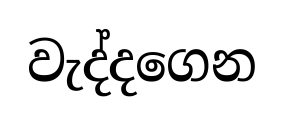
වැද්දගෙන